DOW-UAP-D48, Department of the Air Force Report, 1996
Agency: Department of War
Incident date: 9/10/96
Page 121
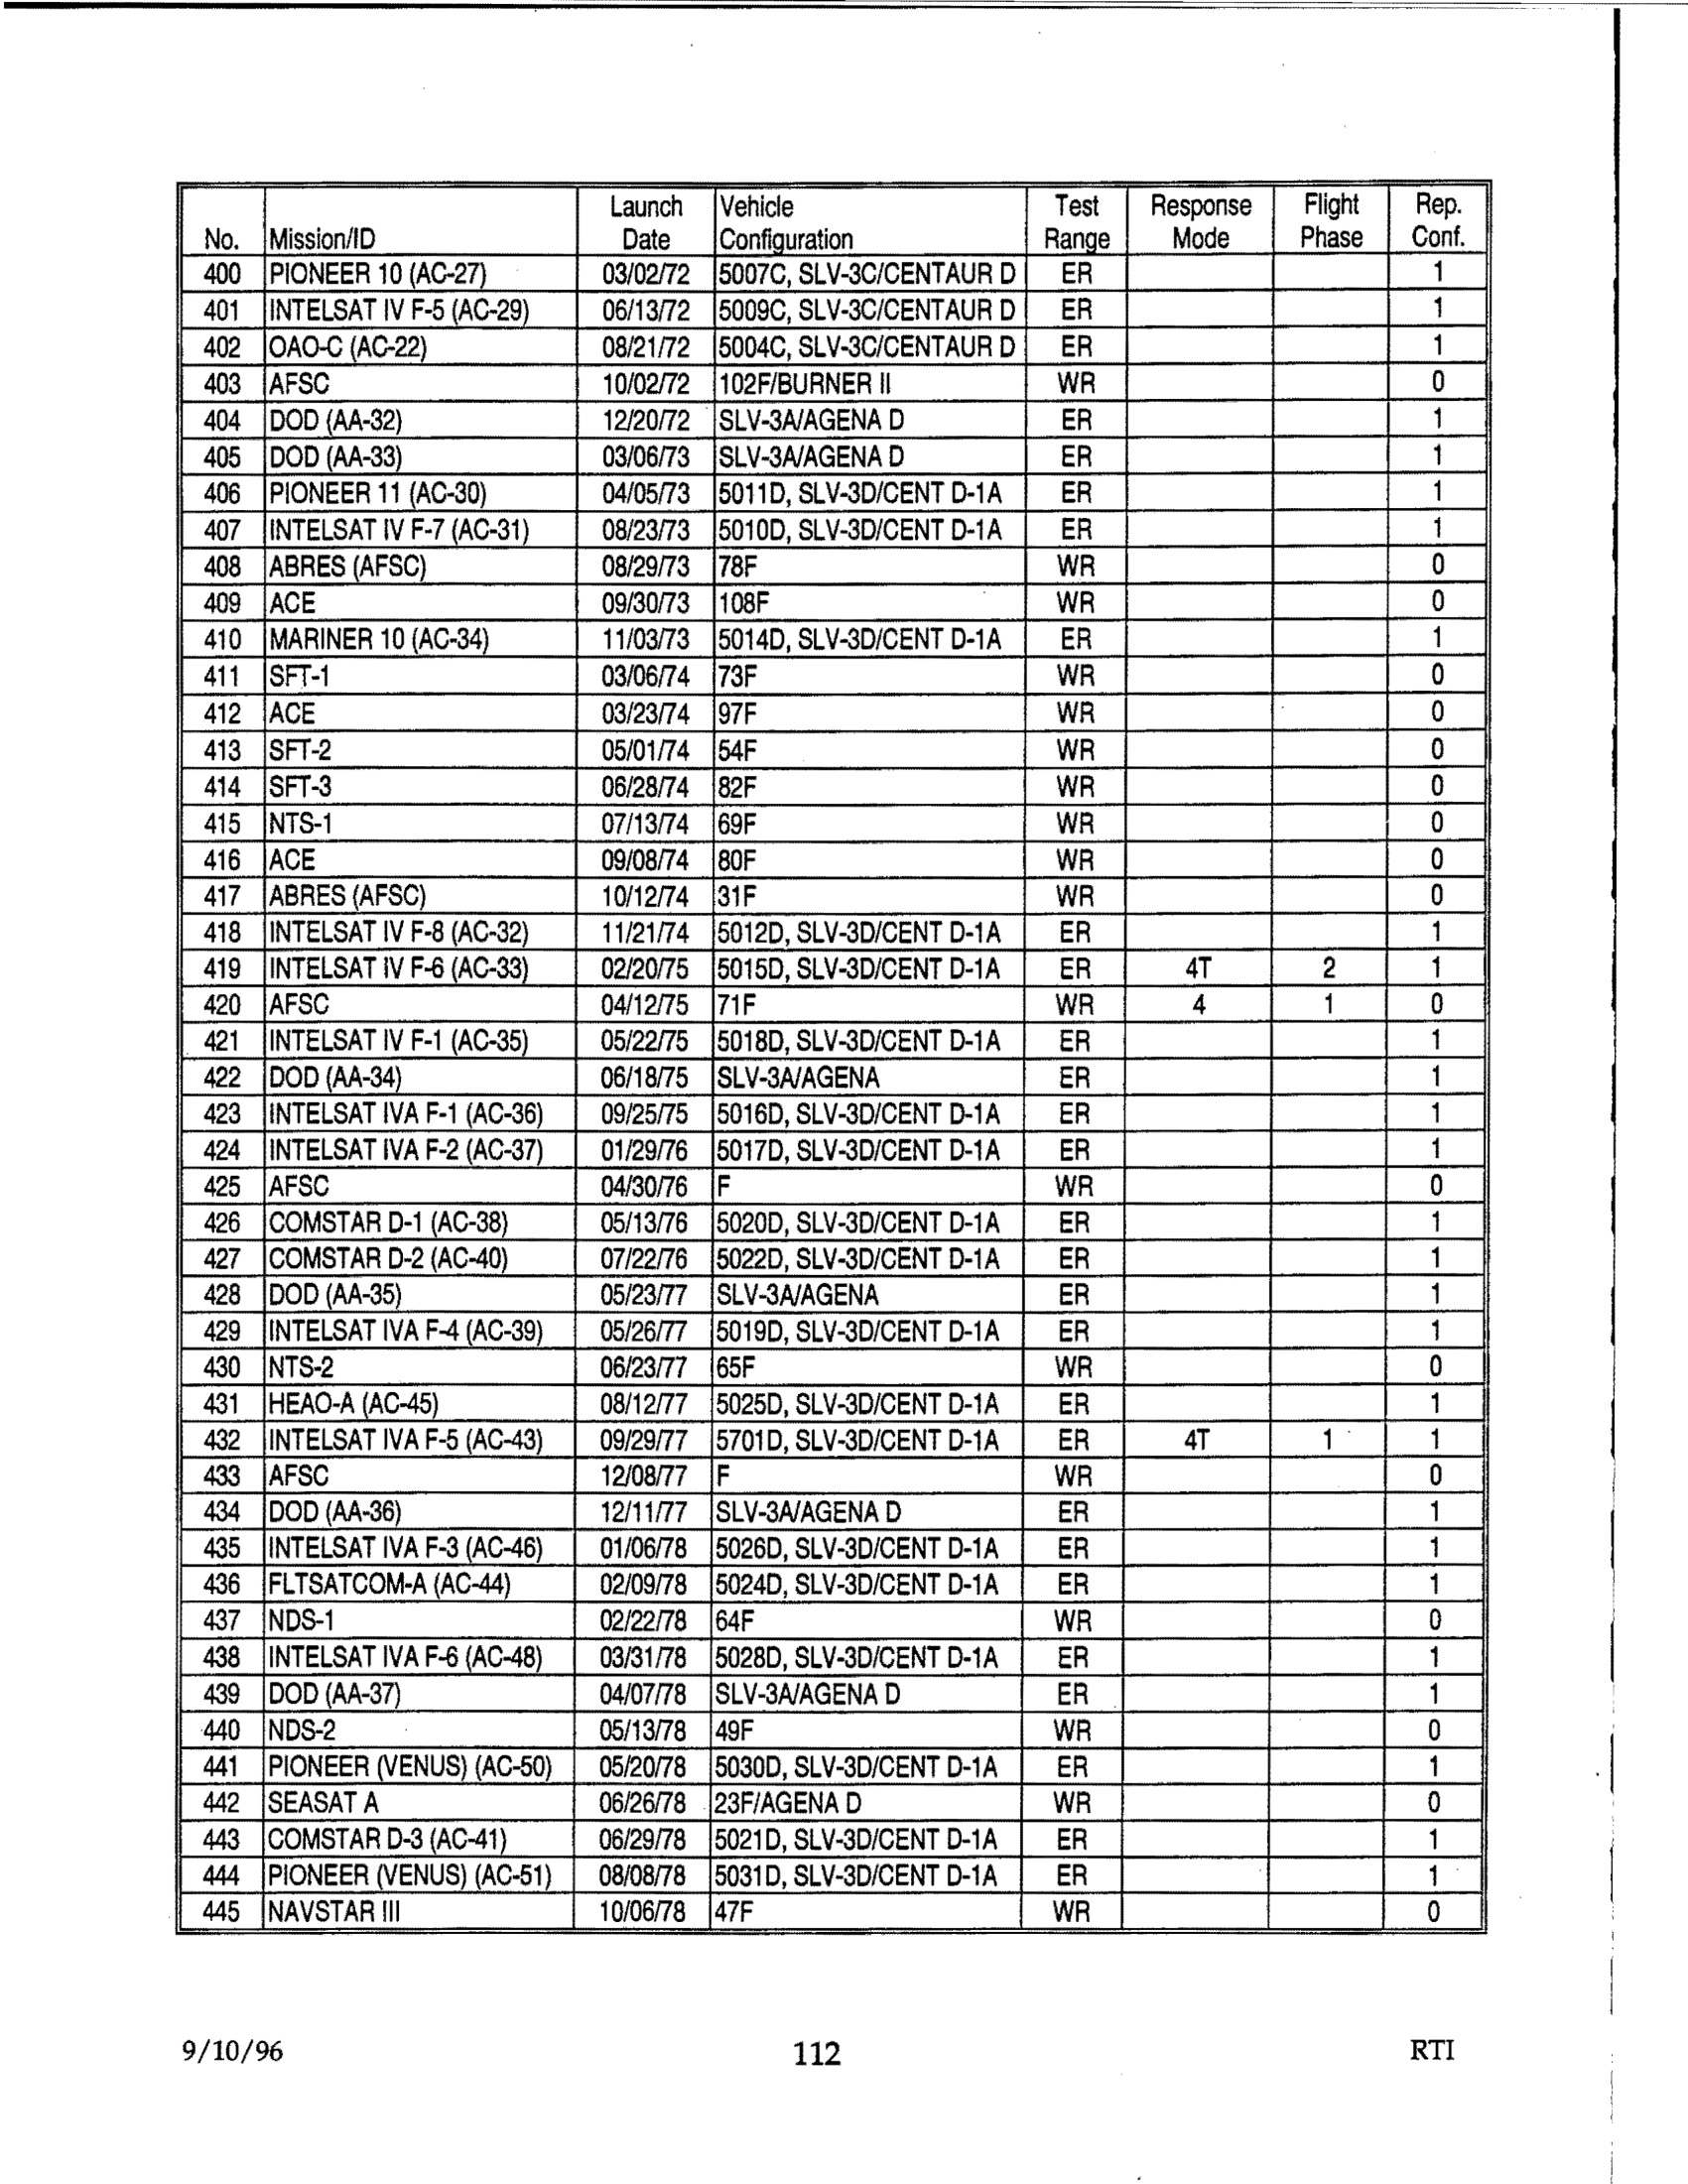